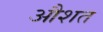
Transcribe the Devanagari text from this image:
औशत